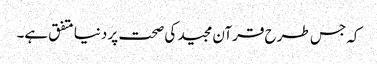
کہ جس طرح قرآن مجید کی صحت پر دنیا متفق ہے۔